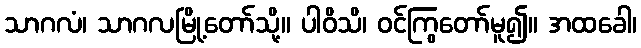
သာဂလံ၊ သာဂလမြို့တော်သို့။ ပါဝိသိ၊ ဝင်ကြွတော်မူ၍။ အထခေါ၊